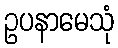
ဥပနာမေသုံ